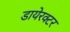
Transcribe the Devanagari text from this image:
डायेरक्टर